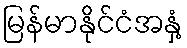
မြန်မာနိုင်ငံအနှံ့